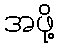
အဖို့